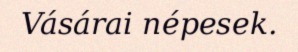
Vásárai népesek.